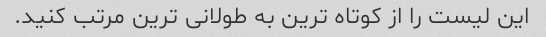
این لیست را از کوتاه ترین به طولانی ترین مرتب کنید.